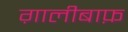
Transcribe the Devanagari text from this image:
ग़ालीबाफ़